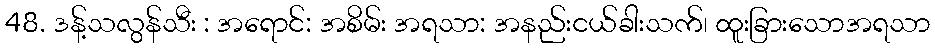
48. ဒန့်သလွန်သီး : အရောင်: အစိမ်း အရသာ: အနည်းငယ်ခါးသက်၊ ထူးခြားသောအရသာ